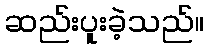
ဆည်းပူးခဲ့သည်။